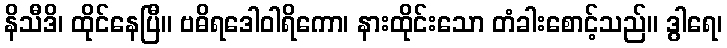
နိသီဒိ၊ ထိုင်နေပြီ။ ဗဓိရဒေါဝါရိကော၊ နားထိုင်းသော တံခါးစောင့်သည်။ ဒွါရေ၊